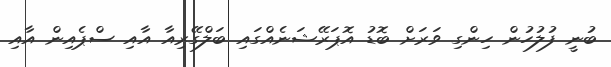
ބުނީ ފުލުހުން ހިންގި ވަރަށް ބޮޑު އޮޕަރޭޝަނެއްގައި ބަލްގޭރިއާ އާއި ސްޕެއިން އާއި